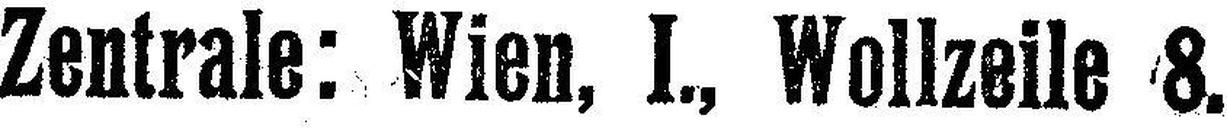
Zentrale: Wien, I., Wollzeile 8.